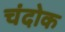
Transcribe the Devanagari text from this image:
चंदोक